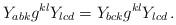
LaTeX: \begin{align*} Y_{abk} g^{kl} Y_{lcd} = Y_{bck} g^{kl} Y_{lcd} \, .\end{align*}